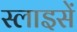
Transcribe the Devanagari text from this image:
स्लाइसें